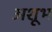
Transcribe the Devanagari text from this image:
अशूभ